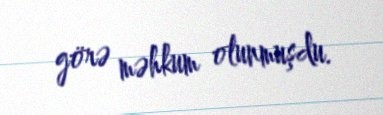
görə məhkum olunmuşdu.